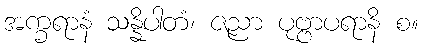
အက္ခရာနံ သန္နိပါတံ၊ ဇညာ ပုဗ္ဗာပရာနိ စ။